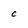
Character: c